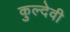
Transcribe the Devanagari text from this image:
कुल्देवी